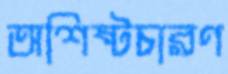
অশিষ্টচারণ